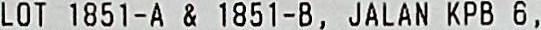
LOT 1851-A & 1851-B, JALAN KPB 6,